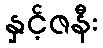
နှင့်ဇနီး